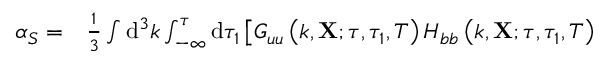
\begin{array} { r l } { \alpha _ { S } = } & { { } \frac { 1 } { 3 } \int \mathrm { d } ^ { 3 } k \int _ { - \infty } ^ { \tau } \mathrm { d } \tau _ { 1 } \left[ G _ { u u } \left( k , \mathbf { X } ; \tau , \tau _ { 1 } , T \right) H _ { b b } \left( k , \mathbf { X } ; \tau , \tau _ { 1 } , T \right) \right. } \end{array}